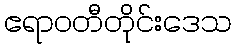
ဧရာဝတီတိုင်းဒေသ